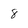
Character: 8